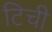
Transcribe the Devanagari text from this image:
टिची